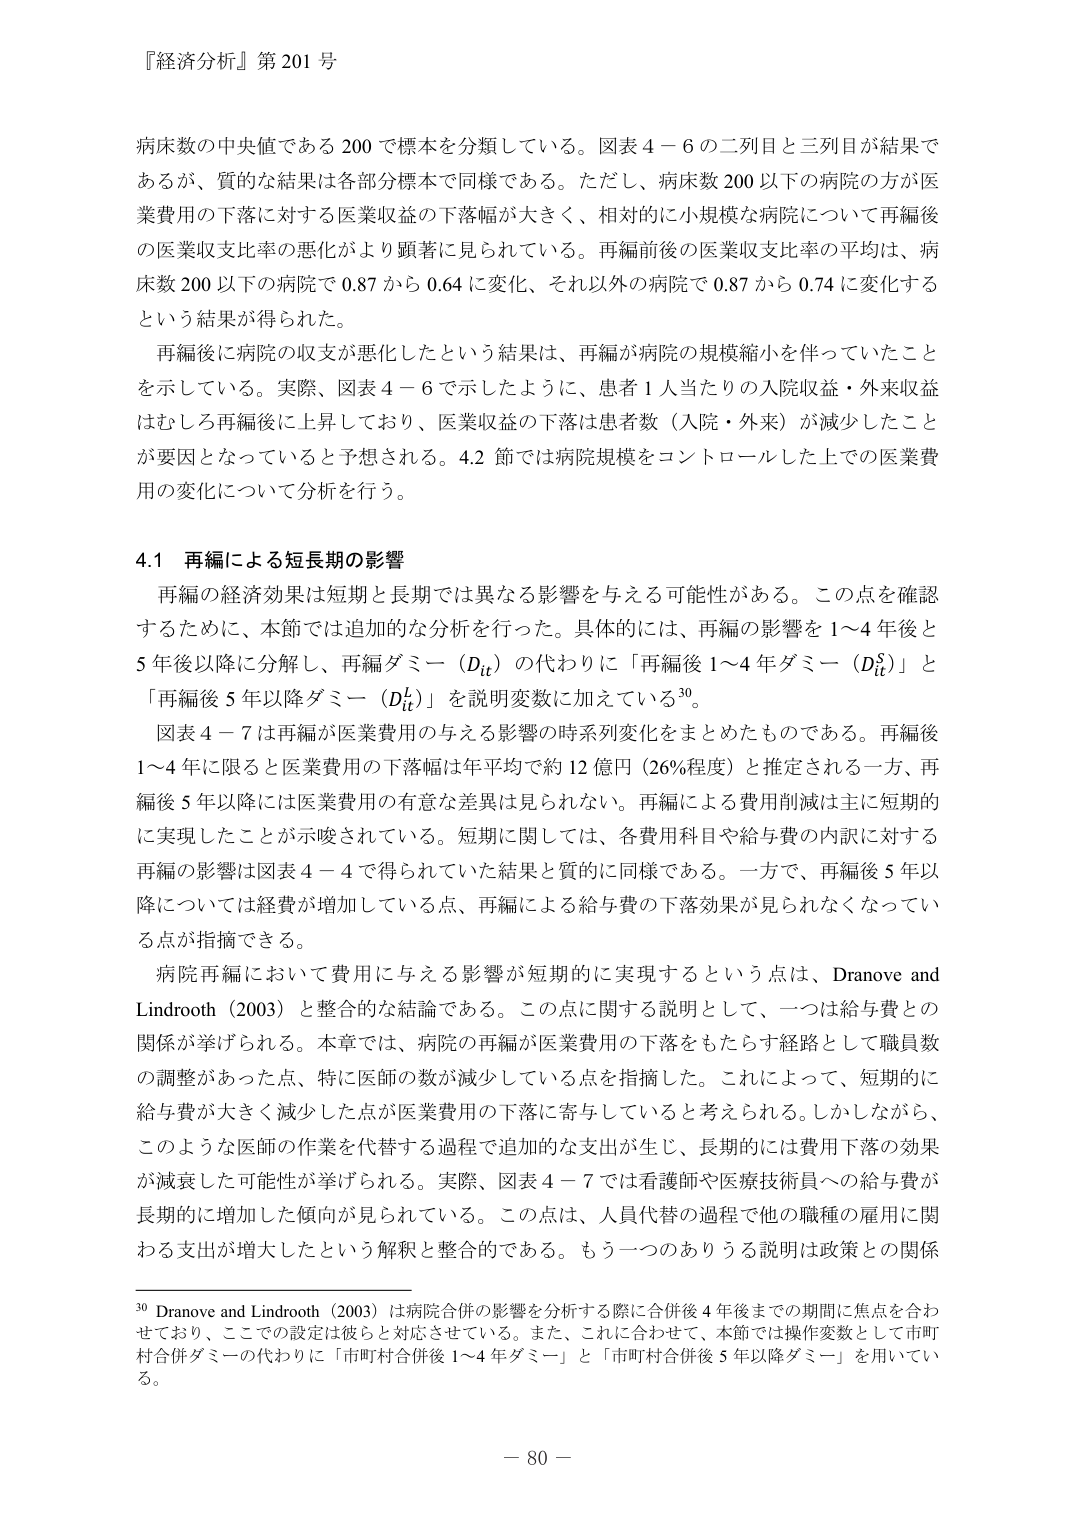
『経済分析』第 201 号

病床数の中央値である 200 で標本を分類している。図表 4－6 の二列目と三列目が結果であるが、質的な結果は各部分標本で同様である。ただし、病床数 200 以下の病院の方が医業費用の下落に対する医業収益の下落幅が大きく、相対的に小規模な病院について再編後の医業収支比率の悪化がより顕著に見られている。再編前後の医業収支比率の平均は、病床数 200 以下の病院で 0.87 から 0.64 に変化、それ以外の病院で 0.87 から 0.74 に変化するという結果が得られた。

再編後に病院の収支が悪化したという結果は、再編が病院の規模縮小を伴っていたことを示している。実際、図表 4－6 で示したように、患者 1 人当たりの入院収益・外来収益はむしろ再編後に上昇しており、医業収益の下落は患者数（入院・外来）が減少したことが要因となっていると予想される。4.2 節では病院規模をコントロールした上での医業費用の変化について分析を行う。

4.1 再編による短長期の影響

再編の経済効果は短期と長期では異なる影響を与える可能性がある。この点を確認するために、本節では追加的な分析を行った。具体的には、再編の影響を 1～4 年後と 5 年後以降に分解し、再編ダミー（Dit）の代わりに「再編後 1～4 年ダミー（DitS）」と「再編後 5 年以降ダミー（DitL）」を説明変数に加えている 30。

図表 4－7 は再編が医業費用の与える影響の時系列変化をまとめたものである。再編後 1～4 年に限ると医業費用の下落幅は年平均で約 12 億円（26％程度）と推定される一方、再編後 5 年以降には医業費用の有意な差異は見られない。再編による費用削減は主に短期的に実現したことが示唆されている。短期に関しては、各費用科目や給与費の内訳に対する再編の影響は図表 4－4 で得られていた結果と質的に同様である。一方で、再編後 5 年以降については経費が増加している点、再編による給与費の下落効果が見られなくなっている点が指摘できる。

病院再編において費用に与える影響が短期的に実現するという点は、Dranove and Lindrooth（2003）と整合的な結論である。この点に関する説明として、一つは給与費との関係が挙げられる。本章では、病院の再編が医業費用の下落をもたらす経路として職員数の調整があった点、特に医師の数が減少している点を指摘した。これによって、短期的に給与費が大きく減少した点が医業費用の下落に寄与していると考えられる。しかしながら、このような医師の作業を代替する過程で追加的な支出が生じ、長期的には費用下落の効果が減衰した可能性が挙げられる。実際、図表 4－7 では看護師や医療技術員への給与費が長期的に増加した傾向が見られている。この点は、人員代替の過程で他の職種の雇用に関わる支出が増大したという解釈と整合的である。もう一つのありうる説明は政策との関係

30 Dranove and Lindrooth（2003）は病院合併の影響を分析する際に合併後 4 年後までの期間に焦点を合わせており、ここでの設定は彼らと対応させている。また、これに合わせて、本節では操作変数として市町村合併ダミーの代わりに「市町村合併後 1～4 年ダミー」と「市町村合併後 5 年以降ダミー」を用いている。

－ 80 －